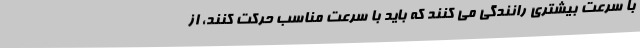
با سرعت بیشتری رانندگی می کنند که باید با سرعت مناسب حرکت کنند، از